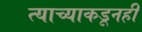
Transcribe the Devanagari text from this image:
त्याच्याकडूनही